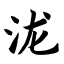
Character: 泷